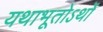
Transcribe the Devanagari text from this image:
यथाभूतोऽर्थो